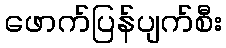
ဖောက်ပြန်ပျက်စီး